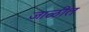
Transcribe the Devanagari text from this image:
जाळींत